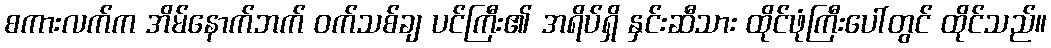
စကားလက်က အိမ်နောက်ဘက် ဝက်သစ်ချ ပင်ကြီး၏ အရိပ်ရှိ နှင်းဆီသား ထိုင်ဖုံကြီးပေါ်တွင် ထိုင်သည်။